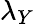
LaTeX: \lambda_{Y}